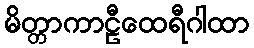
မိတ္တာကာဠီထေရီဂါထာ